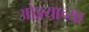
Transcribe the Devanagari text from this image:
ओझ्याच्या